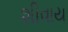
શીવાય